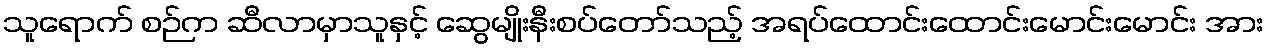
သူရောက် စဉ်က ဆီလာမှာသူနှင့် ဆွေမျိုးနီးစပ်တော်သည့် အရပ်ထောင်းထောင်းမောင်းမောင်း အား